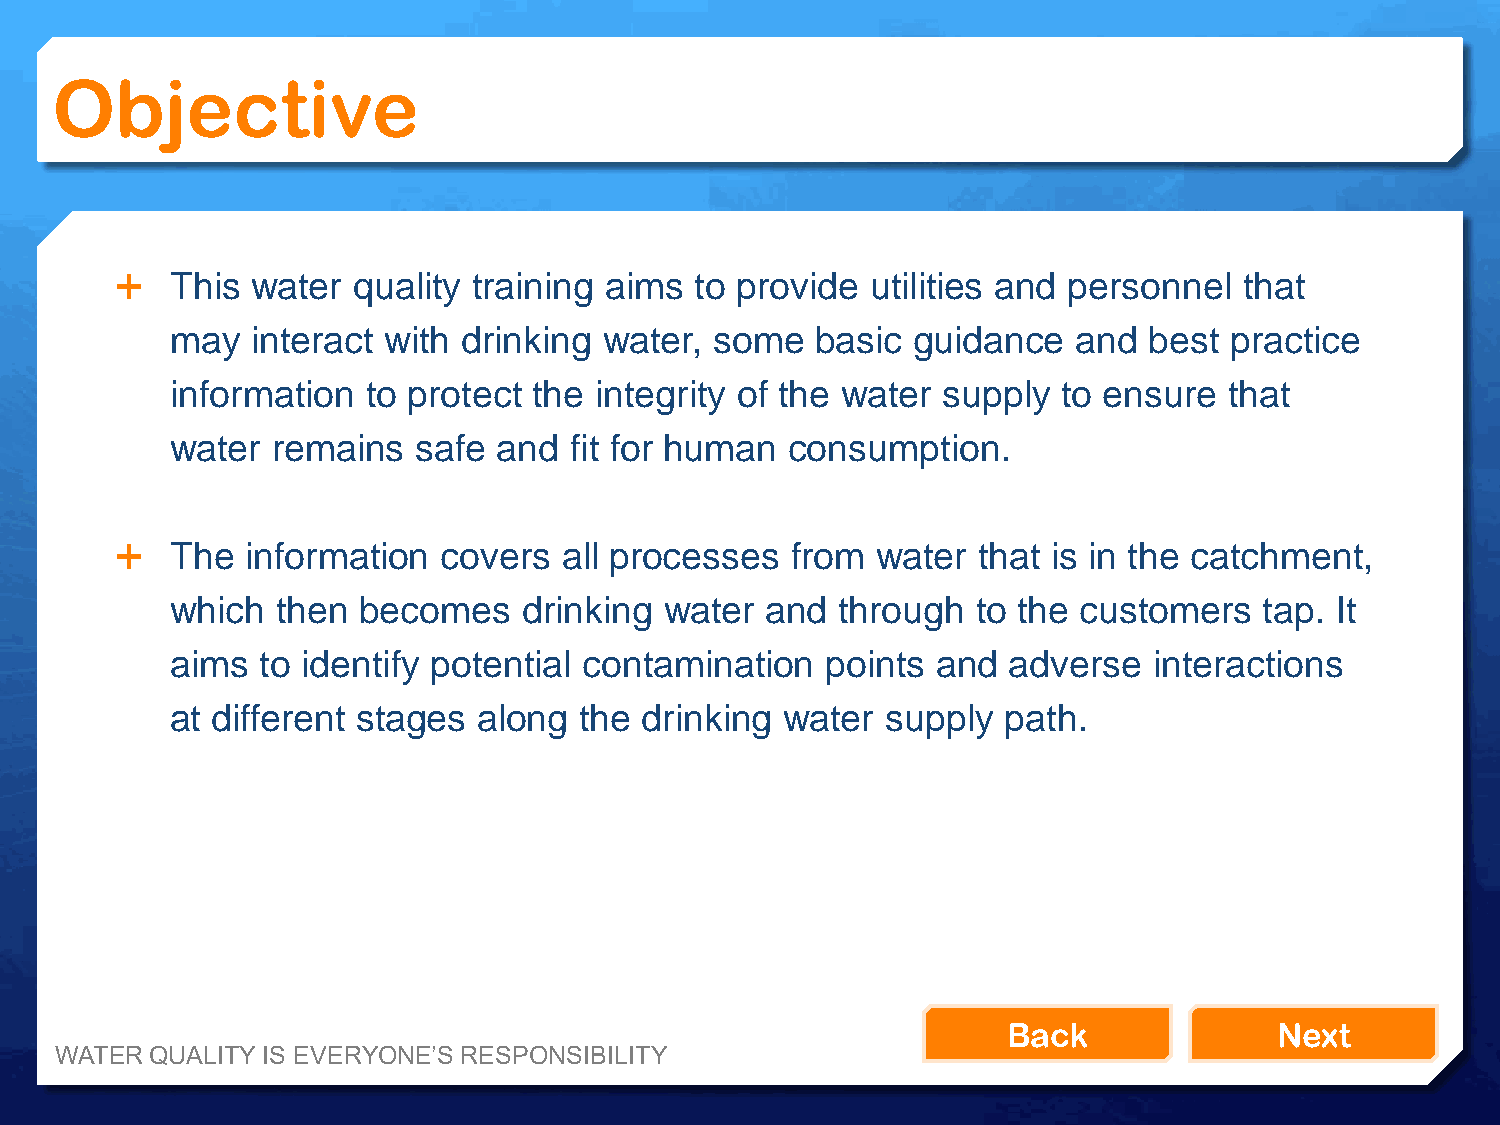
Objective
   This  water quality training aims  to provide  utilities and personnel that
 may   interact with drinking water, some   basic guidance   and  best practice
 information  to protect the integrity of the water supply  to ensure  that
 water  remains   safe and  fit for human consumption.
   The  information  covers  all processes  from  water  that is in the catchment,
 which  then  becomes    drinking water  and  through  to the customers   tap. It
 aims  to identify potential contamination   points and  adverse  interactions
 at different stages  along the  drinking water  supply  path.
 Back              Next
 WATER QUALITY IS EVERYONE’S RESPONSIBILITY